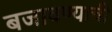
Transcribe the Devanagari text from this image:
बजावण्याची